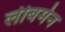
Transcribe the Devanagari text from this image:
लीबर्मन